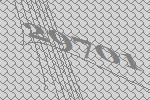
29701